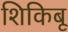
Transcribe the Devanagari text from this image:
शिकिबू